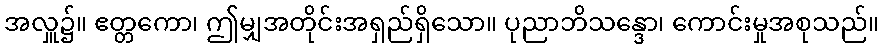
အလှူ၌။ ဧတ္တကော၊ ဤမျှအတိုင်းအရှည်ရှိသော။ ပုညာဘိသန္ဒော၊ ကောင်းမှုအစုသည်။